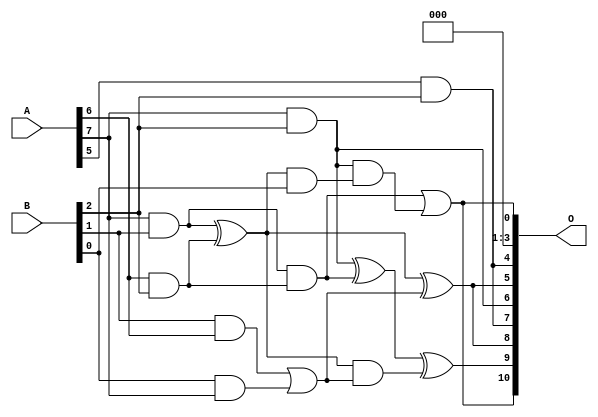
// This program was cloned from: https://github.com/ehw-fit/evoapproxlib
// License: MIT License

/***
* This code is a part of EvoApproxLib library (ehw.fit.vutbr.cz/approxlib) distributed under The MIT License.
* When used, please cite the following article(s): V. Mrazek, L. Sekanina, Z. Vasicek "Libraries of Approximate Circuits: Automated Design and Application in CNN Accelerators" IEEE Journal on Emerging and Selected Topics in Circuits and Systems, Vol 10, No 4, 2020 
* This file contains a circuit from a sub-set of pareto optimal circuits with respect to the pwr and mae parameters
***/
// MAE% = 3.46 %
// MAE = 71 
// WCE% = 14.50 %
// WCE = 297 
// WCRE% = 125.00 %
// EP% = 86.62 %
// MRE% = 37.23 %
// MSE = 8553 
// PDK45_PWR = 0.011 mW
// PDK45_AREA = 44.1 um2
// PDK45_DELAY = 0.29 ns

module mul8x3u_00D (
    A,
    B,
    O
);

input [7:0] A;
input [2:0] B;
output [10:0] O;

wire sig_24,sig_26,sig_32,sig_34,sig_63,sig_64,sig_66,sig_67,sig_68,sig_72,sig_81,sig_82,sig_83,sig_97,sig_98,sig_111;

assign sig_24 = A[6] & B[2];
assign sig_26 = A[7] & B[1];
assign sig_32 = A[5] & B[2];
assign sig_34 = A[7] & B[2];
assign sig_63 = B[1] & A[6];
assign sig_64 = B[0] & A[7];
assign sig_66 = sig_63 | sig_64;
assign sig_67 = sig_26 & sig_24;
assign sig_68 = sig_26 ^ sig_24;
assign sig_72 = sig_68 & B[0];
assign sig_81 = sig_68 ^ sig_66;
assign sig_82 = sig_68 & sig_66;
assign sig_83 = sig_34 ^ sig_67;
assign sig_97 = sig_83 ^ sig_82;
assign sig_98 = sig_34 & sig_72;
assign sig_111 = sig_67 | sig_98;

assign O[10] = sig_111;
assign O[9] = sig_97;
assign O[8] = sig_81;
assign O[7] = sig_32;
assign O[6] = sig_34;
assign O[5] = sig_81;
assign O[4] = sig_32;
assign O[3] = 1'b0;
assign O[2] = 1'b0;
assign O[1] = 1'b0;
assign O[0] = sig_111;

endmodule